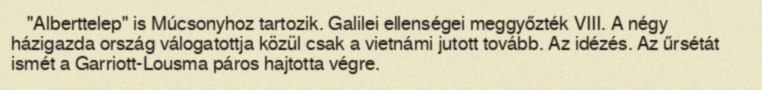
"Alberttelep" is Múcsonyhoz tartozik. Galilei ellenségei meggyőzték VIII. A négy házigazda ország válogatottja közül csak a vietnámi jutott tovább. Az idézés. Az űrsétát ismét a Garriott-Lousma páros hajtotta végre.